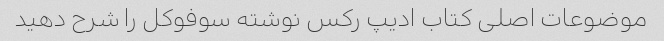
موضوعات اصلی کتاب ادیپ رکس نوشته سوفوکل را شرح دهید